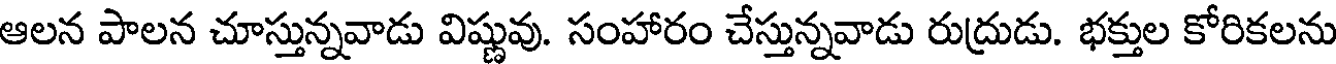
ఆలన పాలన చూస్తున్నవాడు విష్ణువు. సంహారం చేస్తున్నవాడు రుద్రుడు. భక్తుల కోరికలను